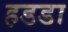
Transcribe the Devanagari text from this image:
हडडा